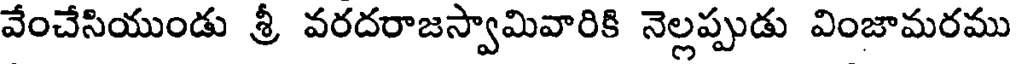
వేంచేసియుండు శ్రీ వరదరాజస్వామివారికి నెల్లప్పుడు వింజామరము